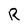
Character: R